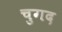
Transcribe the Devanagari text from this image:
चुगद